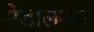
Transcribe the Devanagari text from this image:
मेडालेन्ना